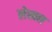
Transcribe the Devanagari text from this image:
लेखल